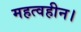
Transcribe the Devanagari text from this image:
महत्वहीन।